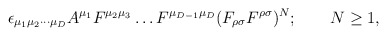
\begin{align*}\epsilon_{\mu_1\mu_2\cdots\mu_D}A^{\mu_1}F^{\mu_2\mu_3}\ldots F^{\mu_{D-1}\mu_D}(F_{\rho\sigma}F^{\rho\sigma})^N; \qquad N \geq 1,\end{align*}